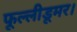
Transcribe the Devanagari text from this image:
फूल्लीडूमर।